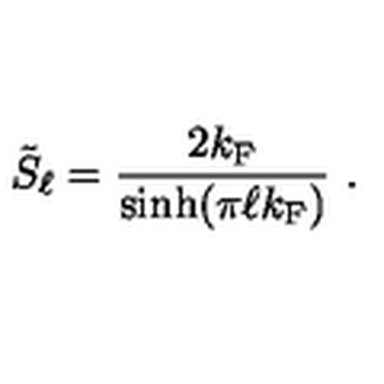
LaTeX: \tilde { S } _ { \ell } = \frac { 2 k _ { \mathrm { F } } } { \sinh ( \pi \ell k _ { \mathrm { F } } ) } \ .